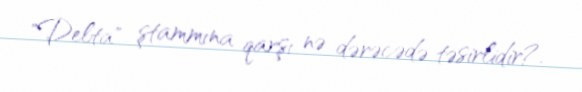
"Delta" ştammına qarşı nə dərəcədə təsirlidir?.